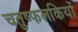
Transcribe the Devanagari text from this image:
चतुष्फलकियों